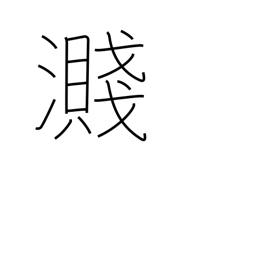
Meaning: splash